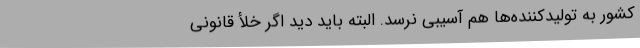
کشور به تولیدکننده‌ها هم آسیبی نرسد. البته باید دید اگر خلأ قانونی